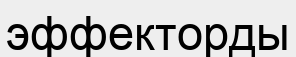
эффекторды